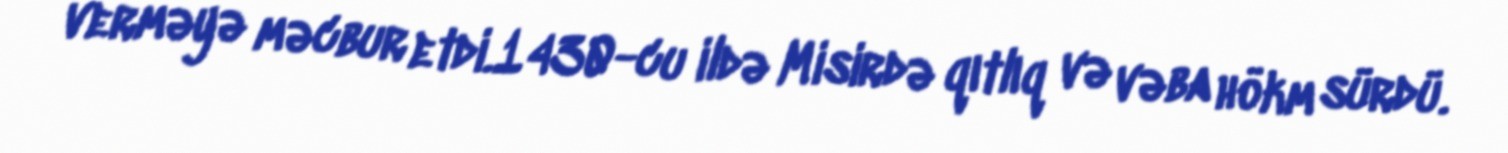
verməyə məcbur etdi.1430-cu ildə Misirdə qıtlıq və vəba hökm sürdü.